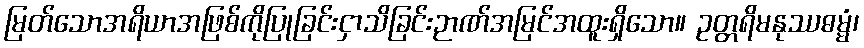
မြတ်သောအရိယာအဖြစ်ကိုပြုခြင်းငှာသိခြင်းဉာဏ်အမြင်အထူးရှိသော။ ဥတ္တရိမနုဿဓမ္မံ၊